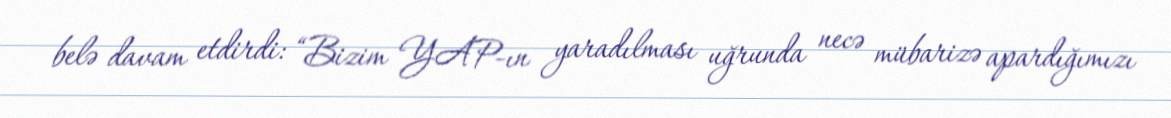
belə davam etdirdi: “Bizim YAP-ın yaradılması uğrunda necə mübarizə apardığımızı